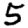
Digit: 5